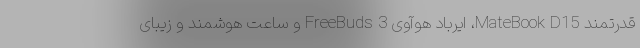
قدرتمند MateBook D15، ایرباد هوآوی FreeBuds 3 و ساعت هوشمند و زیبای